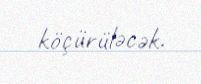
köçürüləcək.